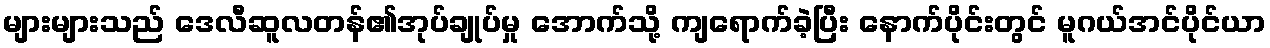
များများသည် ဒေလီဆူလတန်၏အုပ်ချုပ်မှု အောက်သို့ ကျရောက်ခဲ့ပြီး နောက်ပိုင်းတွင် မူဂယ်အင်ပိုင်ယာ